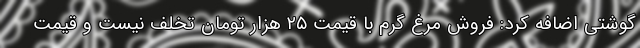
گوشتی اضافه کرد: فروش مرغ گرم با قیمت ۲۵ هزار تومان تخلف نیست و قیمت